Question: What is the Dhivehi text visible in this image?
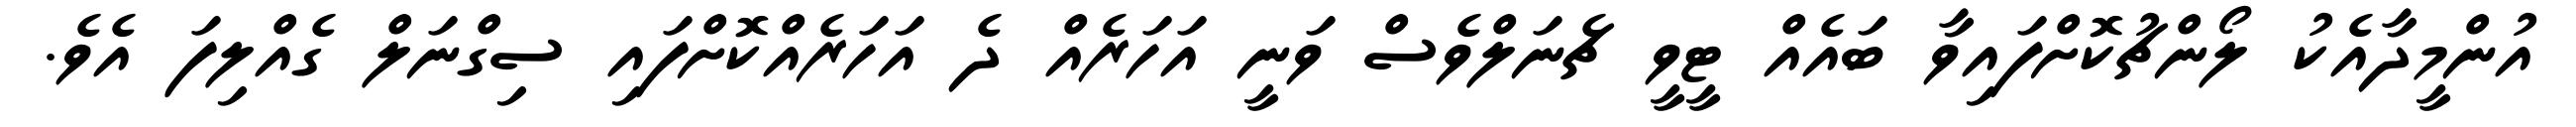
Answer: އުންމީދާއެކު ލޯންޗުކޮށްފައިވާ ބައެއް ޓީވީ ޗެނަލްވެސް ވަނީ އަހަރެއް ދެ އަހަރެއްކޮށްފައި ސިގްނަލް ގެއްލިފަ އެވެ.